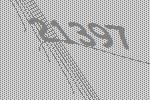
21397